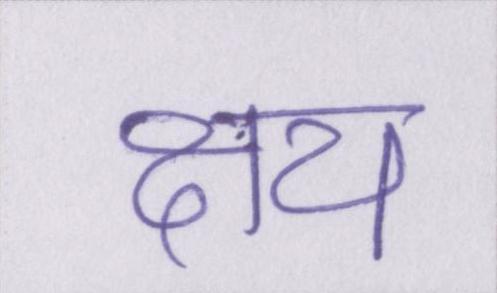
क्षय